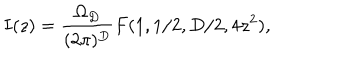
I ( z ) = { \frac { \Omega _ { D } } { ( 2 \pi ) ^ { D } } } F ( 1 , 1 / 2 , D / 2 , 4 z ^ { 2 } ) ,